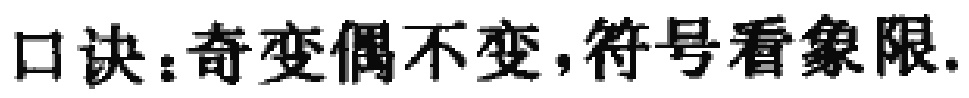
口诀：奇变偶不变，符号看象限.